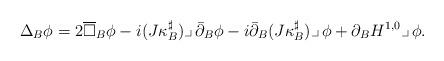
LaTeX: \begin{align*}\Delta_B\phi = 2\overline\square_B\phi - i(J\kappa_B^\sharp)\lrcorner\,\bar\partial_B\phi -i\bar\partial_B(J\kappa_B^\sharp)\lrcorner\,\phi +\partial_B H^{1,0}\lrcorner\,\phi.\end{align*}